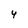
Character: 4